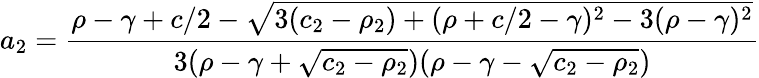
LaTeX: a_{2}=\frac{\rho-\gamma+c/2-\sqrt{3(c_{2}-\rho_{2})+(\rho+c/2-\gamma)^{2}-3(\rho-\gamma)^{2}}}{3(\rho-\gamma+\sqrt{c_{2}-\rho_{2}})(\rho-\gamma-\sqrt{c_{2}-\rho_{2}})}